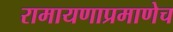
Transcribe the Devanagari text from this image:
रामायणाप्रमाणेच